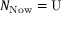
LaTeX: N _ { \mathrm { N o w } } = \mathrm { U }